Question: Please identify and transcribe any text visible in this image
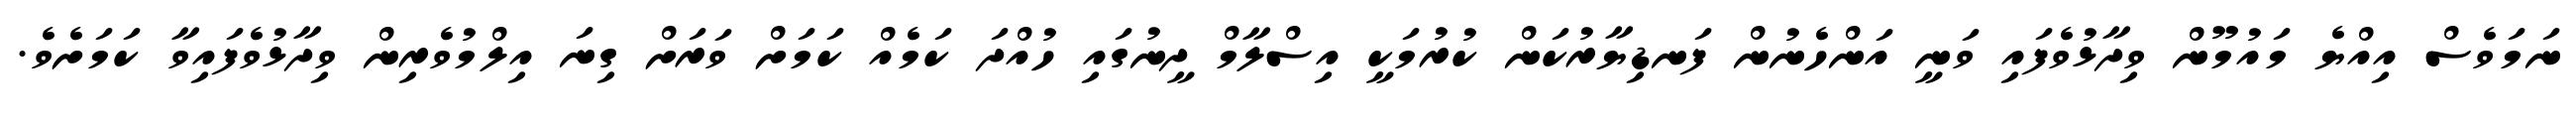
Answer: ނަމަވެސް އިއްޔެ މައުމޫން ވިދާޅުވެފައި ވަނީ އަންހެނުން ފަނޑިޔާރުކަން ކުރުމަކީ އިސްލާމް ދީނުގައި ހުއްދަ ކަމެއް ކަމަށް ވަރަށް ގިނަ އިލްމުވެރިން ވިދާޅުވެފައިވާ ކަމަށެވެ.